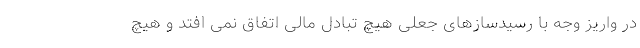
در واریز وجه با رسیدسازهای جعلی هیچ تبادل مالی اتفاق نمی افتد و هیچ